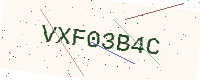
Text: VXF03B4C